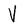
Character: V